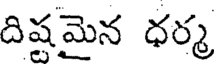
దిషమైన ధర్మ